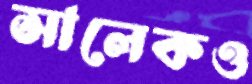
সালেকও